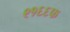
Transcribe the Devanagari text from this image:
९१६६फ